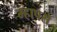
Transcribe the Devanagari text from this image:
म्हापसे